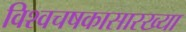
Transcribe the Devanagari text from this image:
विश्वचषकासारख्या